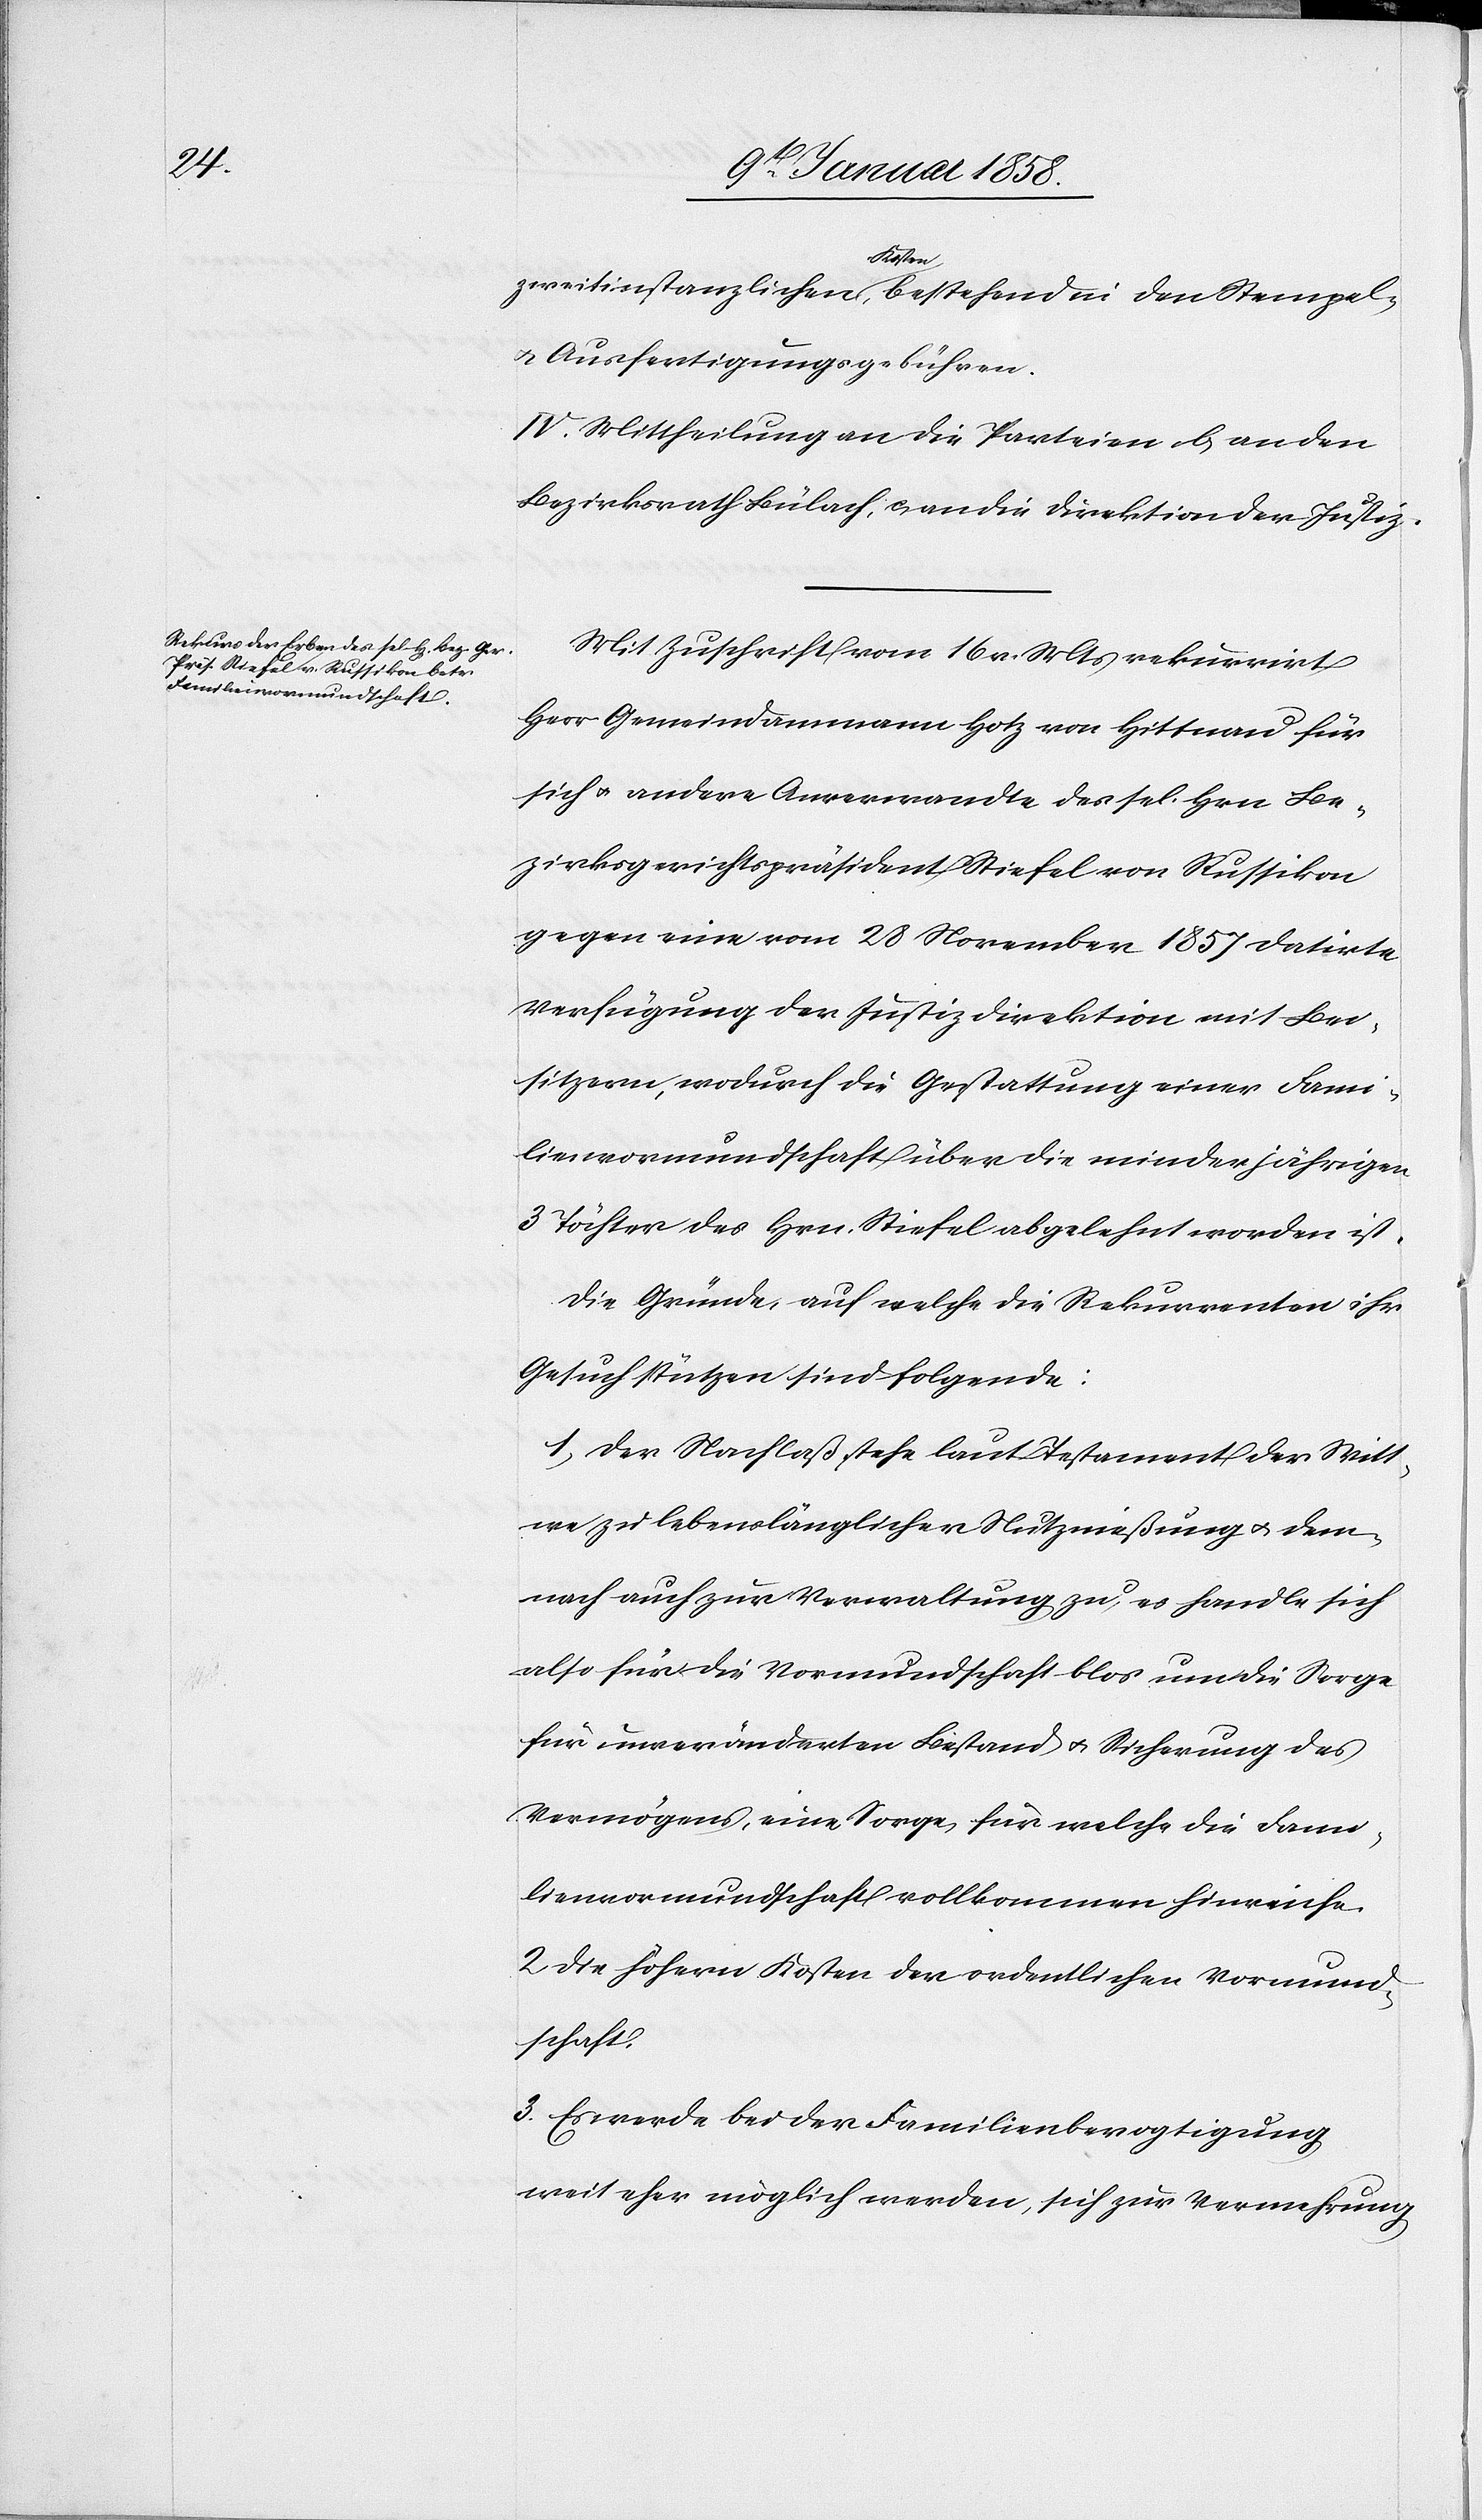
zweitinstanzlichen Kosten, bestehend in den Stempel-
u. Ausfertigungsgebühren.
IV. Mittheilung [a,] an die Parteien b, an den
Bezirksrath Bülach, c, an die Direktion der Justiz.
Mit Zuschrift vom 16 v. Mts rekurrirt
Herr Gemeindammann Hotz von Hittnau für
sich u. andere Anverwandte des sel. Hrn Be¬
zirksgerichtspräsident Stiefel von Russikon
gegen eine vom 28 November 1857 datirte
Verfügung der Justizdirektion mit Bei¬
sitzern, wodurch die Gestattung einer Fami¬
lienvormundschaft über die minderjährigen
3 Töchter des Hrn. Stiefel abgelehnt worden ist.
Die Gründe, auf welche die Rekurrenten ihr
Gesuch stützen sind folgende:
1. Der Nachlaß stehe laut Testament der Witt¬
we zu lebenslänglicher Nutznießung u. dem¬
nach auch zur Verwaltung zu, es handle sich
also für die Vormundschaft blos um die Sorge
für unveränderten Bestand u. Sicherung des
Vermögens, eine Sorge, für welche die Fami¬
lienvormundschaft vollkommen hinreiche.
2 Die höhern Kosten der ordentlichen Vormund¬
schaft.
3. Es werde bei der Familienbevogtigung
weit eher möglich werden, sich zur Vermehrung